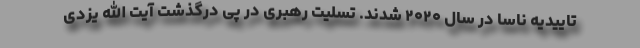
تاییدیه ناسا در سال ۲۰۲۰ شدند. تسلیت رهبری در پی درگذشت آیت الله یزدی